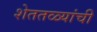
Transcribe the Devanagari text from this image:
शेततळ्यांची